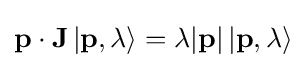
\mathbf {p} \cdot \mathbf {J} \left|\mathbf {p} ,\lambda \right\rangle =\lambda |\mathbf {p} |\left|\mathbf {p} ,\lambda \right\rangle